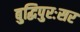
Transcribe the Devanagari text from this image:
बुद्धिपुरःसर